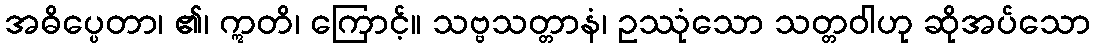
အဓိပ္ပေတာ၊ ၏၊ ဣတိ၊ ကြောင့်။ သဗ္ဗသတ္တာနံ၊ ဥဿုံသော သတ္တဝါဟု ဆိုအပ်သော